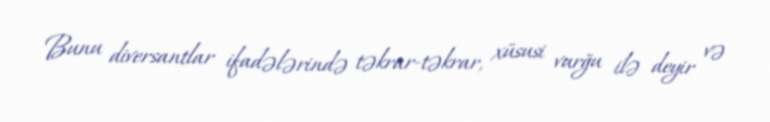
Bunu diversantlar ifadələrində təkrar-təkrar, xüsusi vurğu ilə deyir və